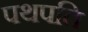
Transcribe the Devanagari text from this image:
पथपति